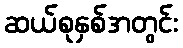
ဆယ်စုနှစ်အတွင်း